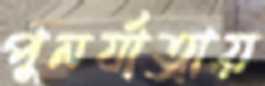
পুনর্যাত্রায়